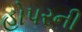
હોપરની